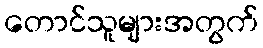
တောင်သူများအတွက်